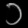
Digit: ၁